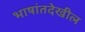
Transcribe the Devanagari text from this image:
भाषांतदेखील